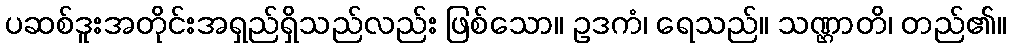
ပဆစ်ဒူးအတိုင်းအရှည်ရှိသည်လည်း ဖြစ်သော။ ဥဒကံ၊ ရေသည်။ သဏ္ဌာတိ၊ တည်၏။